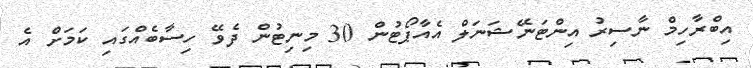
އިބްރާހިމް ނާސިރު އިންޓަނޭޝަނަލް އެއާޕޯޓުން 30 މިނިޓުން ދެވޭ ހިސާބެއްގައި ކަމަށް އެ